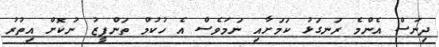
ދިނަސް އެންމެ ރަނގަޅު ކަމަށާއި ނަމަވެސް އެ ހުކުމް ތަންފީޒު ނުކޮށް އިތުރު